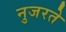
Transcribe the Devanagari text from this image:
नुजरते